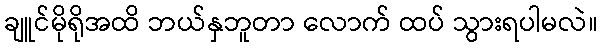
ချူင်မိုရိုအထိ ဘယ်နှဘူတာ လောက် ထပ် သွားရပါမလဲ။